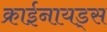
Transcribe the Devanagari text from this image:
क्राईनायड्स